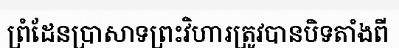
ព្រំដែនប្រាសាទព្រះវិហារត្រូវបានបិទតាំងពី